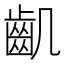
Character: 𪗗